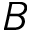
B